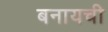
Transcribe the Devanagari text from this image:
बनायची